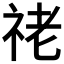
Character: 𥙕